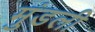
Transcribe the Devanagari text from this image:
मुंडली